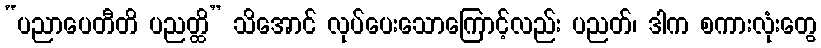
“ပညာပေတီတိ ပညတ္ထိ” သိအောင် လုပ်ပေးသောကြောင့်လည်း ပညတ်၊ ဒါက စကားလုံးတွေ